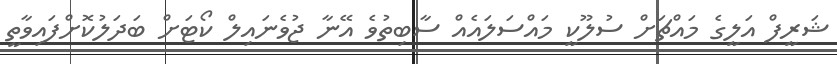
ޝަރީފް އަލީގެ މައްޗަށް ސުލޫކީ މައްސަލައެއް ސާބިތުވެ އޭނާ ޖުވެނައިލް ކޯޓަށް ބަދަލުކޮށްފައިވާތީ